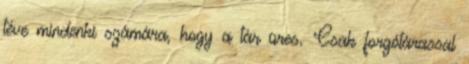
téve mindenki számára, hogy a tár üres. Csak forgótárassal